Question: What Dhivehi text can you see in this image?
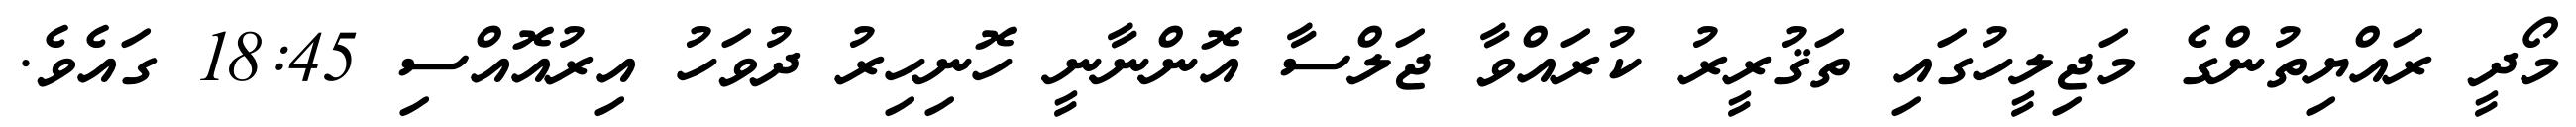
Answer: މޯދީ ރައްޔިތުންގެ މަޖިލީހުގައި ތަޤުރީރު ކުރައްވާ ޖަލްސާ އޮންނާނީ ހޮނިހިރު ދުވަހު އިރުއޮއްސި 18:45 ގައެވެ.